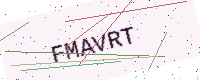
Text: FMAVRT